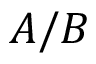
A / B